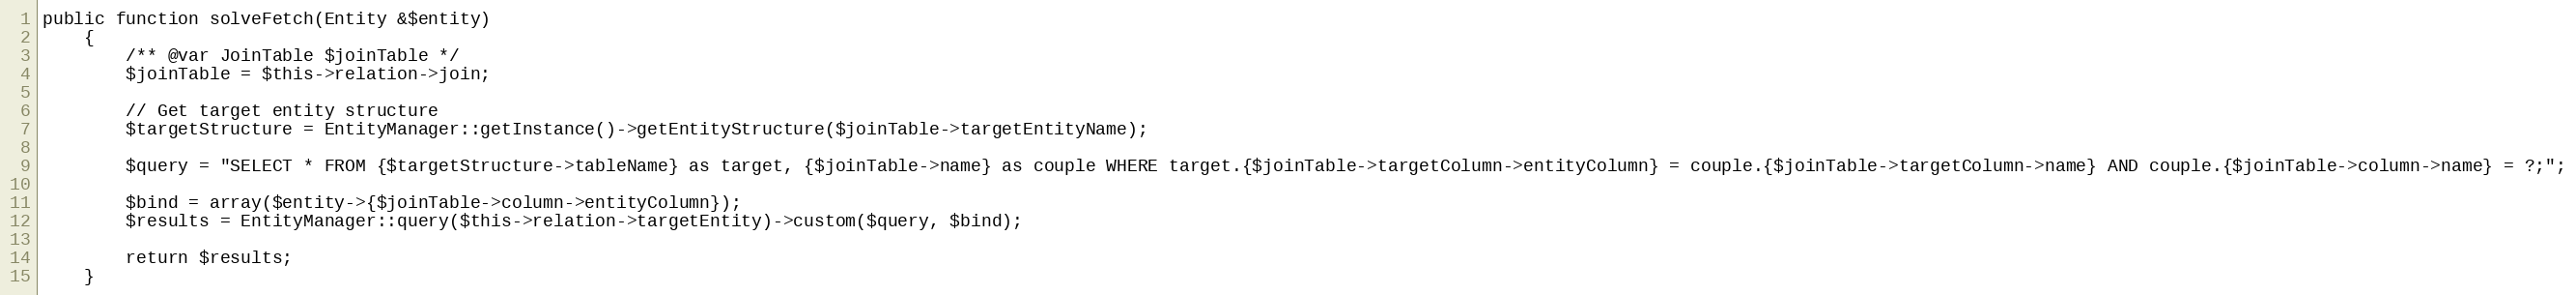
Language: PHP
public function solveFetch(Entity &$entity)
    {
        /** @var JoinTable $joinTable */
        $joinTable = $this->relation->join;

        // Get target entity structure
        $targetStructure = EntityManager::getInstance()->getEntityStructure($joinTable->targetEntityName);

        $query = "SELECT * FROM {$targetStructure->tableName} as target, {$joinTable->name} as couple WHERE target.{$joinTable->targetColumn->entityColumn} = couple.{$joinTable->targetColumn->name} AND couple.{$joinTable->column->name} = ?;";

        $bind = array($entity->{$joinTable->column->entityColumn});
        $results = EntityManager::query($this->relation->targetEntity)->custom($query, $bind);

        return $results;
    }